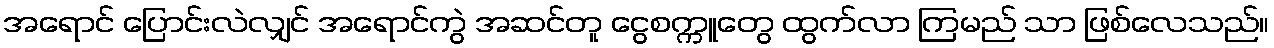
အရောင် ပြောင်းလဲလျှင် အရောင်ကွဲ အဆင်တူ ငွေစက္ကူတွေ ထွက်လာ ကြမည် သာ ဖြစ်လေသည်။